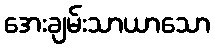
အေးချမ်းသာယာသော